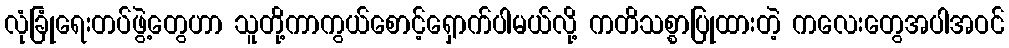
လုံခြုံရေးတပ်ဖွဲ့တွေဟာ သူတို့ကာကွယ်စောင့်ရှောက်ပါမယ်လို့ ကတိသစ္စာပြုထားတဲ့ ကလေးတွေအပါအဝင်